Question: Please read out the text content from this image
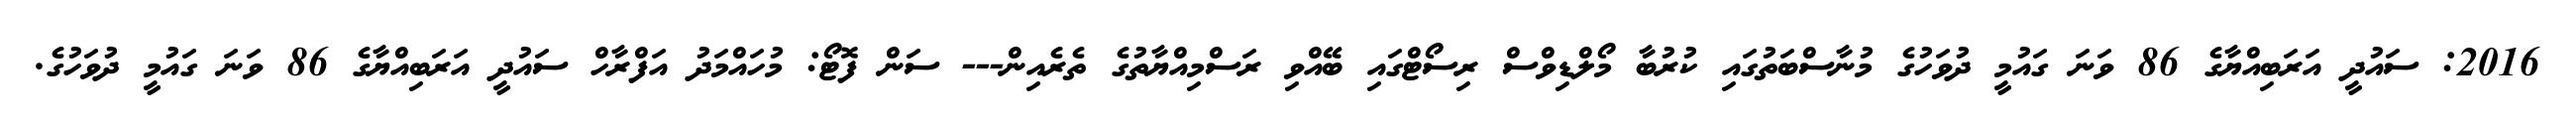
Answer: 2016: ސައުދީ އަރަބިއްޔާގެ 86 ވަނަ ގައުމީ ދުވަހުގެ މުނާސްބަތުގައި ކުރުބާ މޯލްޑިވްސް ރިސޯޓްގައި ބޭއްވި ރަސްމިއްޔާތުގެ ތެރެއިން--- ސަން ފޮޓޯ: މުހައްމަދު އަފްރާހް ސައުދީ އަރަބިއްޔާގެ 86 ވަނަ ގައުމީ ދުވަހުގެ.